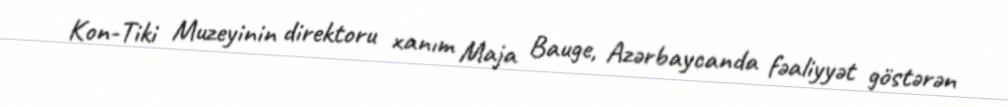
Kon-Tiki Muzeyinin direktoru xanım Maja Bauge, Azərbaycanda fəaliyyət göstərən